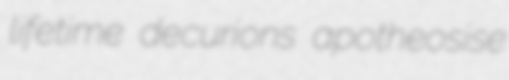
lifetime decurions apotheosise